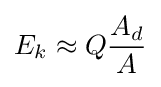
E_{k}\approx Q{\frac {A_{d}}{A}}